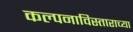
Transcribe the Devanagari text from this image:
कल्पनाविस्ताराच्या